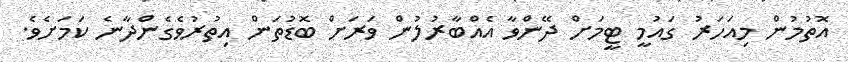
އޮތުމުން މިއަހަރު ގައުމީ ޓީމަށް ދޭންވާ އެއްބާރުލުން ވަރަށް ބޮޑުތަން އިތުރުވެގެންދާނެ ކަމަށެވެ.